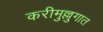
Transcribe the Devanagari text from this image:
करीमुल्लुगात